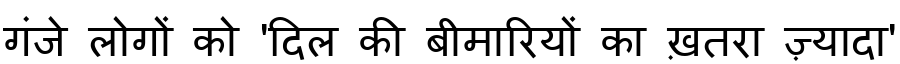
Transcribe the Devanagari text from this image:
गंजे लोगों को 'दिल की बीमारियों का ख़तरा ज़्यादा'